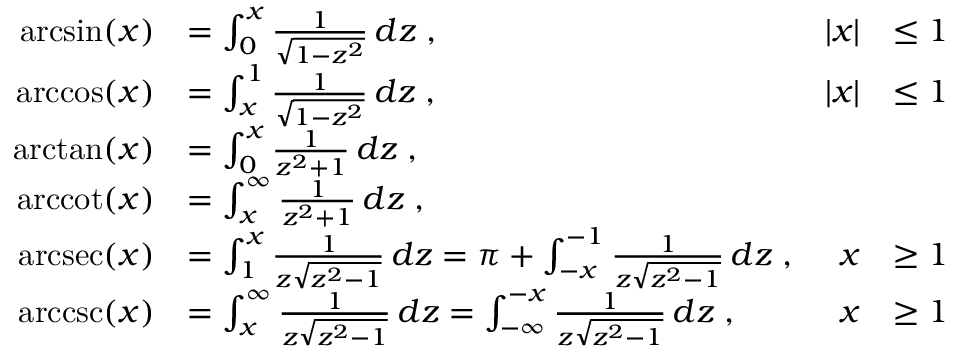
{ \begin{array} { r l r l } { \arcsin ( x ) } & { = \int _ { 0 } ^ { x } { \frac { 1 } { \sqrt { 1 - z ^ { 2 } } } } \, d z \; , } & { | x | } & { \leq 1 } \\ { \operatorname { a r c c o s } ( x ) } & { = \int _ { x } ^ { 1 } { \frac { 1 } { \sqrt { 1 - z ^ { 2 } } } } \, d z \; , } & { | x | } & { \leq 1 } \\ { \arctan ( x ) } & { = \int _ { 0 } ^ { x } { \frac { 1 } { z ^ { 2 } + 1 } } \, d z \; , } \\ { \operatorname { a r c c o t } ( x ) } & { = \int _ { x } ^ { \infty } { \frac { 1 } { z ^ { 2 } + 1 } } \, d z \; , } \\ { \operatorname { a r c s e c } ( x ) } & { = \int _ { 1 } ^ { x } { \frac { 1 } { z { \sqrt { z ^ { 2 } - 1 } } } } \, d z = \pi + \int _ { - x } ^ { - 1 } { \frac { 1 } { z { \sqrt { z ^ { 2 } - 1 } } } } \, d z \; , } & { x } & { \geq 1 } \\ { \operatorname { a r c c s c } ( x ) } & { = \int _ { x } ^ { \infty } { \frac { 1 } { z { \sqrt { z ^ { 2 } - 1 } } } } \, d z = \int _ { - \infty } ^ { - x } { \frac { 1 } { z { \sqrt { z ^ { 2 } - 1 } } } } \, d z \; , } & { x } & { \geq 1 } \end{array} }